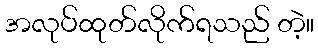
အလုပ်ထုတ်လိုက်ရသည် တဲ့။